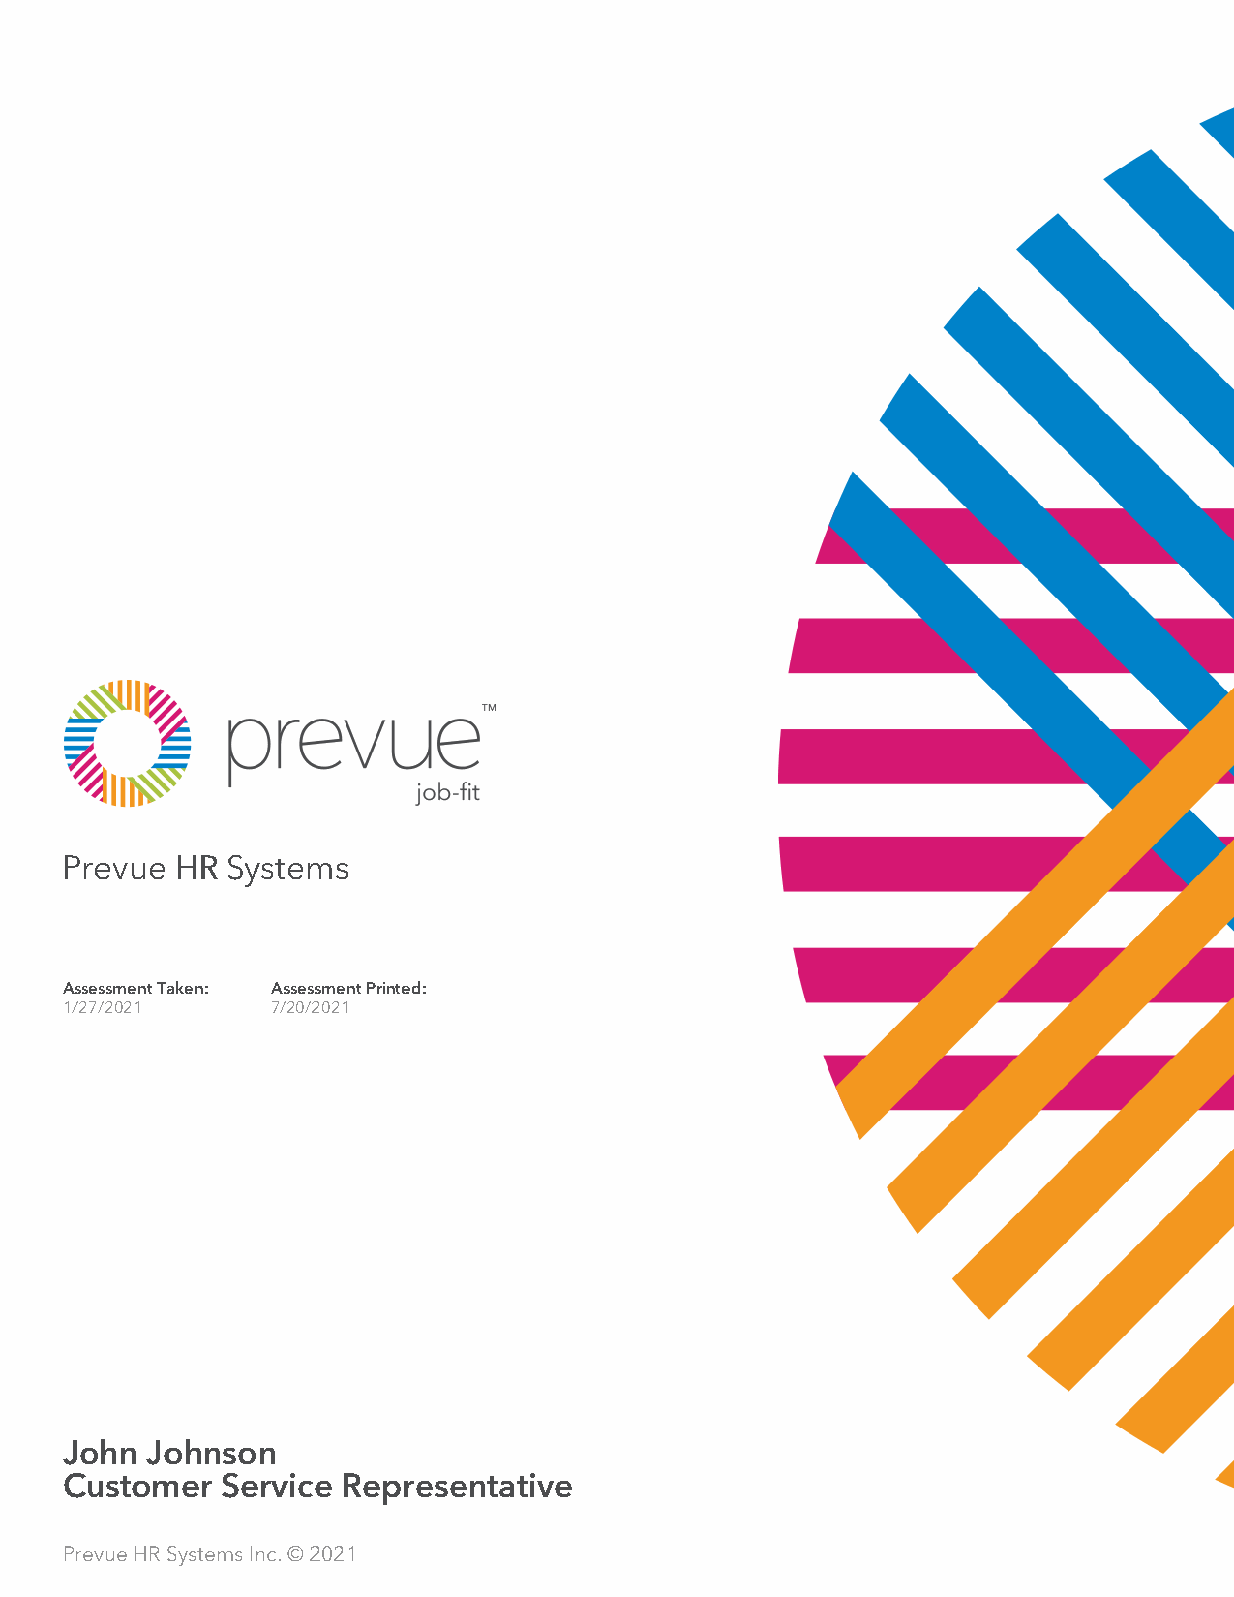
PPrreevvuuee HHRR SSyysstteemmss
 Assessment Taken: Assessment Printed:
 1/27/2021     7/20/2021
 John  Johnson
 Customer   Service Representative
 Prevue HR Systems Inc. © 2021